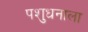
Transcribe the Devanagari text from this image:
पशुधनाला